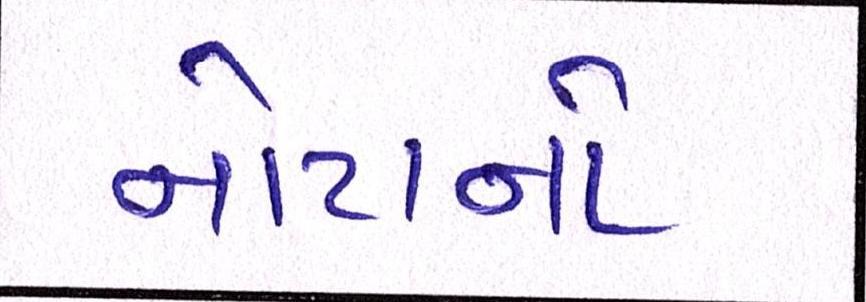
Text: નોટાનો